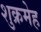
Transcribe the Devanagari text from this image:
शुक्रमेह